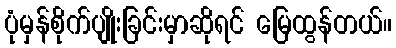
ပုံမှန်စိုက်ပျိုးခြင်းမှာဆိုရင် မြေထွန်တယ်။